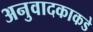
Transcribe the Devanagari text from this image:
अनुवादकाकडे